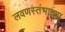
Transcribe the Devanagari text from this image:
लवणस्तंभाच्या